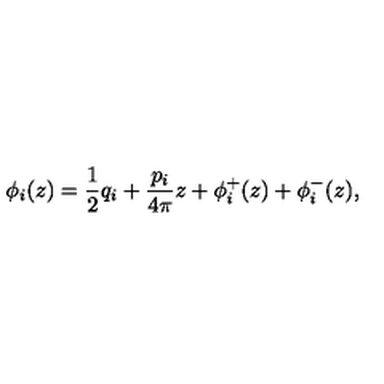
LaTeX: \phi _ { i } ( z ) = \frac { 1 } { 2 } q _ { i } + \frac { p _ { i } } { 4 \pi } z + \phi _ { i } ^ { + } ( z ) + \phi _ { i } ^ { - } ( z ) ,